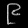
Digit: ၉